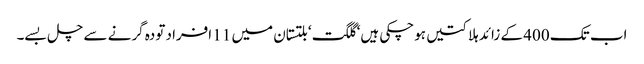
اب تک 400 کے زائد ہلاکتیں ہوچکی ہیں‘ گلگت‘ بلتستان میں 11 افراد تودہ گرنے سے چل بسے۔